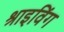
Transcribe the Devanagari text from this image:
श्राइविंग